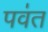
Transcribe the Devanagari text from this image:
पव॑त